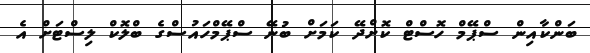
ބަންކާއިން ސްޕޭމް ހޮސްޓް ކޮށްދޭ ކަމަށް ބުނޭ ސްޕޭމްހައުސްގެ ބްލޮކް ލިސްޓަށް އެ